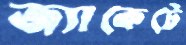
জ্যাকেটে